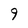
Character: 9